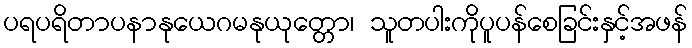
ပရပရိတာပနာနုယေဂမနုယုတ္တော၊ သူတပါးကိုပူပန်စေခြင်းနှင့်အဖန်